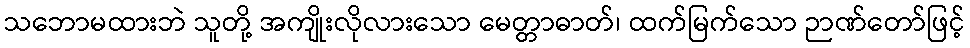
သဘောမထားဘဲ သူတို့ အကျိုးလိုလားသော မေတ္တာဓာတ်၊ ထက်မြက်သော ဉာဏ်တော်ဖြင့်